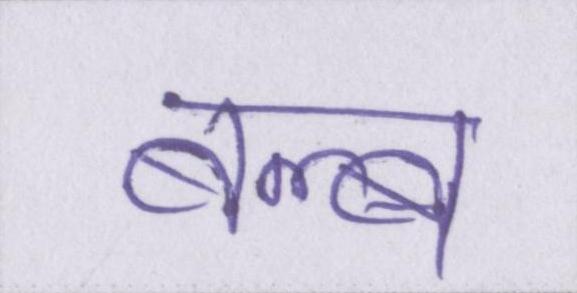
बल्ब